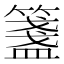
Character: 𥵃